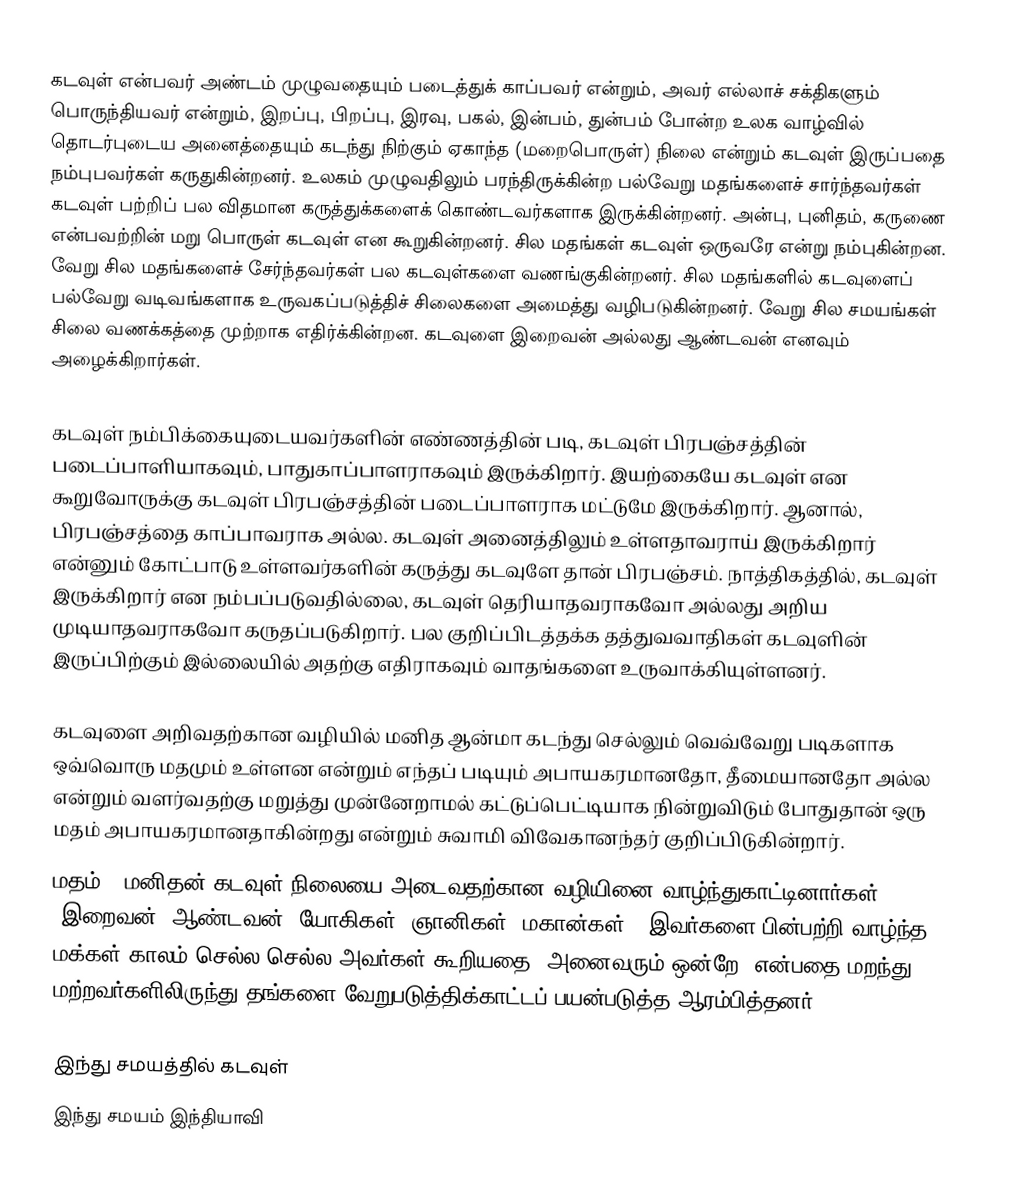
கடவுள் என்பவர் அண்டம் முழுவதையும் படைத்துக் காப்பவர் என்றும், அவர் எல்லாச் சக்திகளும் பொருந்தியவர் என்றும், இறப்பு, பிறப்பு, இரவு, பகல், இன்பம், துன்பம் போன்ற உலக வாழ்வில் தொடர்புடைய அனைத்தையும் கடந்து நிற்கும் ஏகாந்த (மறைபொருள்) நிலை என்றும் கடவுள் இருப்பதை நம்புபவர்கள் கருதுகின்றனர். உலகம் முழுவதிலும் பரந்திருக்கின்ற பல்வேறு மதங்களைச் சார்ந்தவர்கள் கடவுள் பற்றிப் பல விதமான கருத்துக்களைக் கொண்டவர்களாக இருக்கின்றனர். அன்பு, புனிதம், கருணை என்பவற்றின் மறு பொருள் கடவுள் என கூறுகின்றனர். சில மதங்கள் கடவுள் ஒருவரே என்று நம்புகின்றன. வேறு சில மதங்களைச் சேர்ந்தவர்கள் பல கடவுள்களை வணங்குகின்றனர். சில மதங்களில் கடவுளைப் பல்வேறு வடிவங்களாக உருவகப்படுத்திச் சிலைகளை அமைத்து வழிபடுகின்றனர். வேறு சில சமயங்கள் சிலை வணக்கத்தை முற்றாக எதிர்க்கின்றன. கடவுளை இறைவன் அல்லது ஆண்டவன் எனவும் அழைக்கிறார்கள்.

கடவுள் நம்பிக்கையுடையவர்களின் எண்ணத்தின் படி, கடவுள் பிரபஞ்சத்தின் படைப்பாளியாகவும், பாதுகாப்பாளராகவும் இருக்கிறார். இயற்கையே கடவுள் என கூறுவோருக்கு கடவுள் பிரபஞ்சத்தின் படைப்பாளராக மட்டுமே இருக்கிறார். ஆனால், பிரபஞ்சத்தை காப்பாவராக அல்ல. கடவுள் அனைத்திலும் உள்ளதாவராய் இருக்கிறார் என்னும் கோட்பாடு உள்ளவர்களின் கருத்து கடவுளே தான் பிரபஞ்சம். நாத்திகத்தில், கடவுள் இருக்கிறார் என நம்பப்படுவதில்லை, கடவுள் தெரியாதவராகவோ அல்லது அறிய முடியாதவராகவோ கருதப்படுகிறார். பல குறிப்பிடத்தக்க தத்துவவாதிகள் கடவுளின் இருப்பிற்கும் இல்லையில் அதற்கு எதிராகவும் வாதங்களை உருவாக்கியுள்ளனர்.

கடவுளை அறிவதற்கான வழியில் மனித ஆன்மா கடந்து செல்லும் வெவ்வேறு படிகளாக ஒவ்வொரு மதமும் உள்ளன என்றும் எந்தப் படியும் அபாயகரமானதோ, தீமையானதோ அல்ல என்றும் வளர்வதற்கு மறுத்து முன்னேறாமல் கட்டுப்பெட்டியாக நின்றுவிடும் போதுதான் ஒரு மதம் அபாயகரமானதாகின்றது என்றும் சுவாமி விவேகானந்தர் குறிப்பிடுகின்றார்.
மதம் - மனிதன் கடவுள் நிலையை அடைவதற்கான வழியினை வாழ்ந்துகாட்டினார்கள் (இறைவன், ஆண்டவன், யோகிகள், ஞானிகள், மகான்கள்). இவர்களை பின்பற்றி வாழ்ந்த மக்கள் காலம் செல்ல செல்ல அவர்கள் கூறியதை "அனைவரும் ஒன்றே" என்பதை மறந்து மற்றவர்களிலிருந்து தங்களை வேறுபடுத்திக்காட்டப் பயன்படுத்த ஆரம்பித்தனர்.

இந்து சமயத்தில் கடவுள்
இந்து சமயம் இந்தியாவி